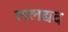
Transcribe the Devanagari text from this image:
ललद्यद